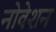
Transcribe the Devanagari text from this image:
नोवेशन